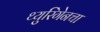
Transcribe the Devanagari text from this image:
थ्युरिंगेनचा